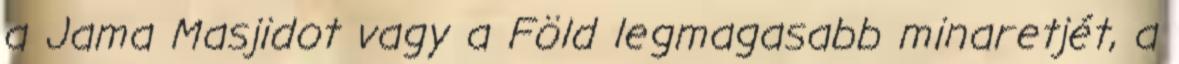
a Jama Masjidot vagy a Föld legmagasabb minaretjét, a